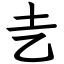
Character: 㐋